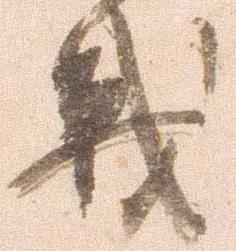
戦